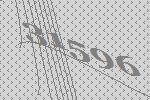
31596